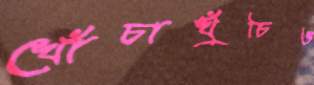
খোঁচাখুঁচিও